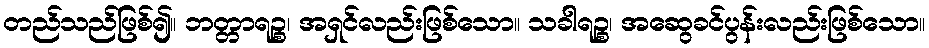
တည်သည်ဖြစ်၍။ ဘတ္တာရဉ္စ၊ အရှင်လည်းဖြစ်သော။ သခါရဉ္စ၊ အဆွေခင်ပွန်းလည်းဖြစ်သော။